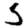
Digit: 5